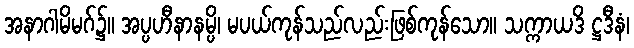
အနာဂါမိမဂ်၌။ အပ္ပဟီနာနမ္ပိ၊ မပယ်ကုန်သည်လည်းဖြစ်ကုန်သော။ သက္ကာယဒိ ဋ္ဌဒီနံ၊